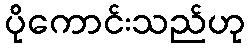
ပိုကောင်းသည်ဟု